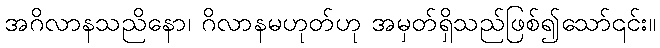
အဂိလာနသညိနော၊ ဂိလာနမဟုတ်ဟု အမှတ်ရှိသည်ဖြစ်၍သော်၎င်း။